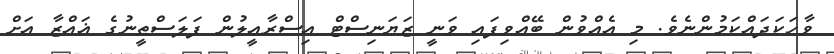
ވާހަކަދައްކަމުންނެވެ. މި އެއްވުން ބޭއްވިފައި ވަނީ ޒަޔަނިސްޓް އިސްރާޢީލުން ފަލަސްޠީނުގެ ޣައްޒާ އަށް